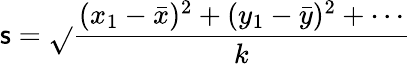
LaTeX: \mathsf{s}={\sqrt{}{{\frac{{(x_{1}-{\bar{{x}}})^{2}+(y_{1}-{\bar{{y}}})^{2}+\cdots}}{{k}}}}}